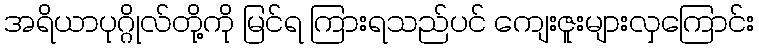
အရိယာပုဂ္ဂိုလ်တို့ကို မြင်ရ ကြားရသည်ပင် ကျေးဇူးများလှကြောင်း